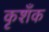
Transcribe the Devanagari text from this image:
कृशँक